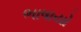
ભાષાયો